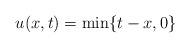
LaTeX: \begin{align*}u(x, t) = \min\{ t-x, 0 \} \end{align*}